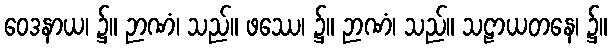
ဝေဒနာယ၊ ၌။ ဉာဏံ၊ သည်။ ဖဿေ၊ ၌။ ဉာဏံ၊ သည်။ သဠာယတနေ၊ ၌။